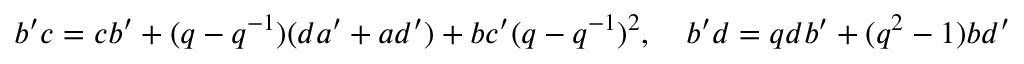
b ^ { \prime } c = c b ^ { \prime } + ( q - q ^ { - 1 } ) ( d a ^ { \prime } + a d ^ { \prime } ) + b c ^ { \prime } ( q - q ^ { - 1 } ) ^ { 2 } , \quad b ^ { \prime } d = q d b ^ { \prime } + ( q ^ { 2 } - 1 ) b d ^ { \prime }